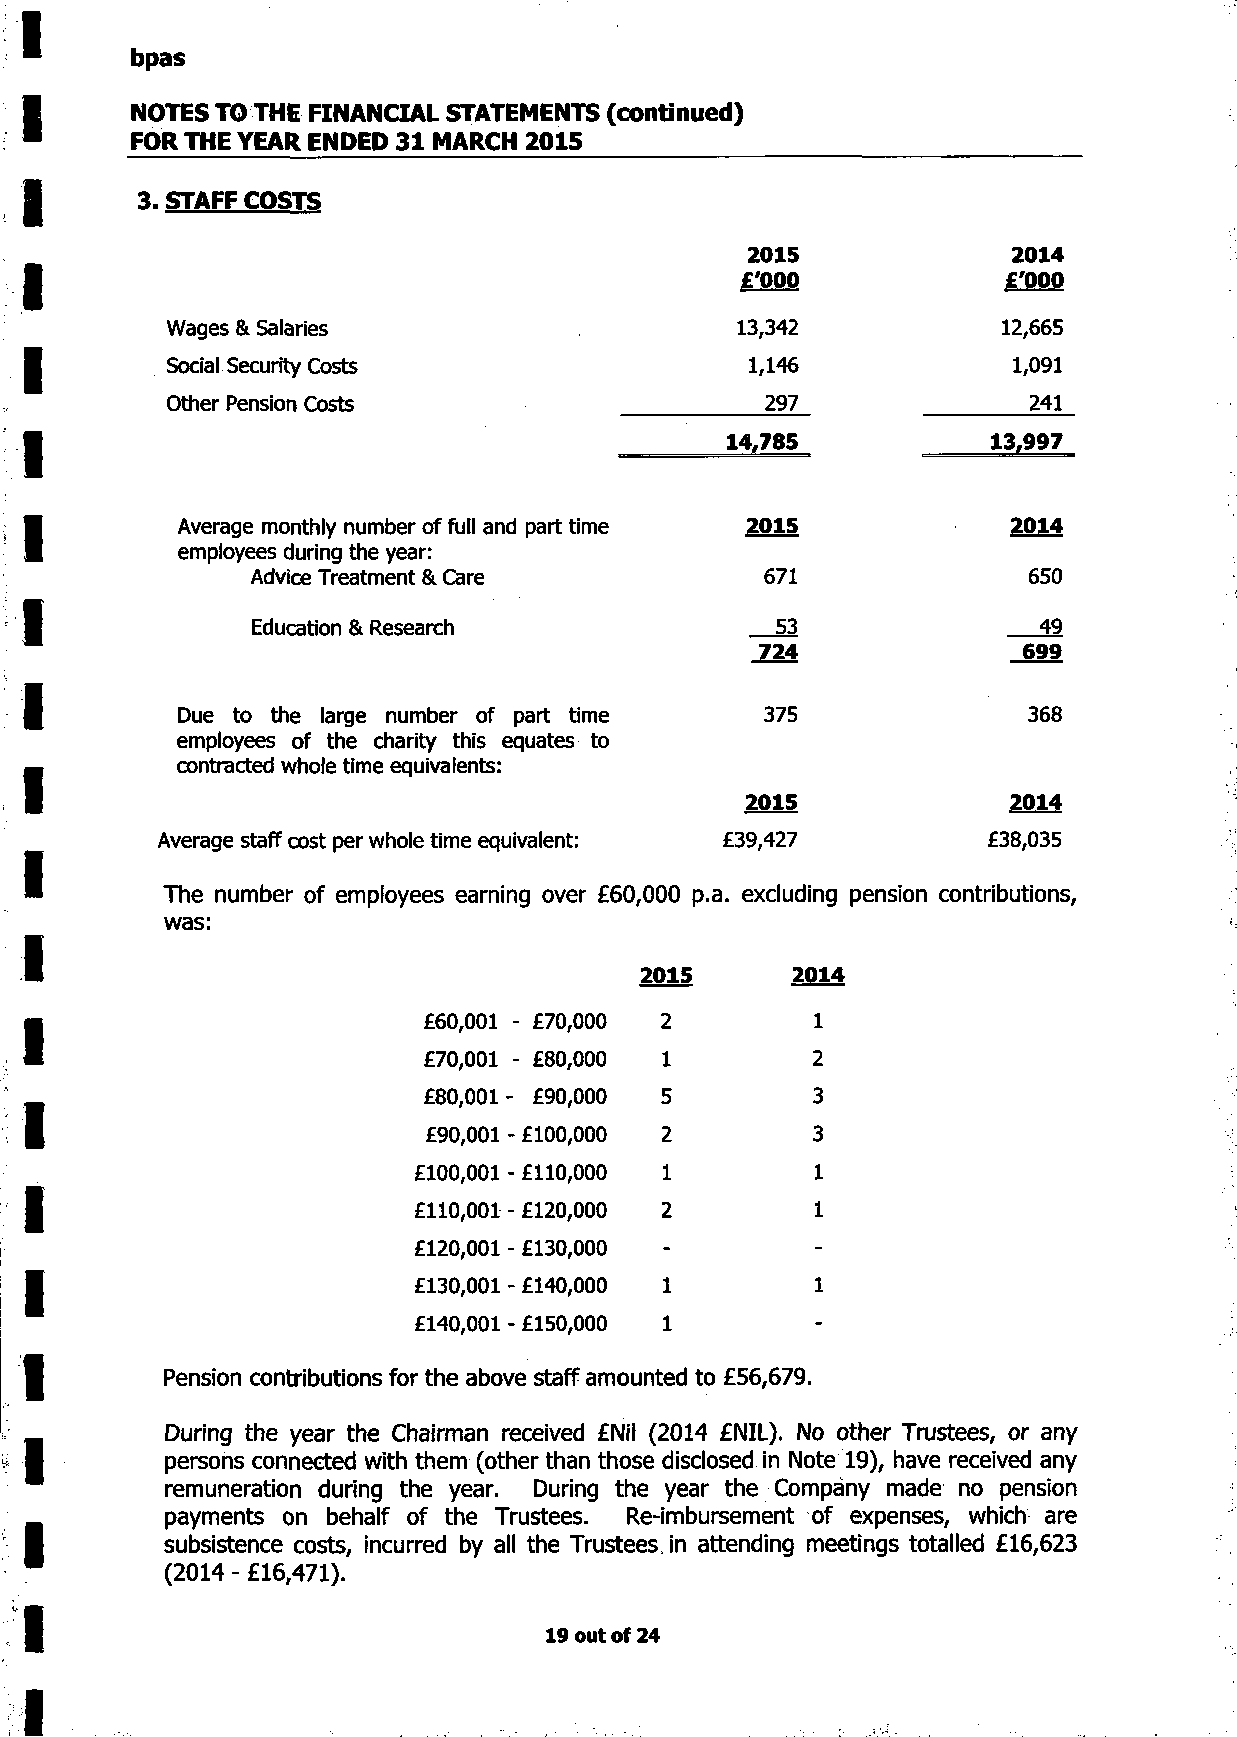
bpas
 NOTES TO THE FINANCIAL STATEMENTS (continued)
 FOR THE YEAR ENDED 31 MARCH 2015
 3. STAFF COSTS
 2015              2014
 £'000             £'000
 Wages & Salaries                      13,342            12,665
 Social Security Costs                  1,146            1,091
 Other Pension Costs                     297              241
 14,785            13,997
 Average monthly number of full and part time 2015      2014
 employees during the year:
 Advice Treatment & Care           671              650
 Education & Research               53               49
 724               699
 Due to the large number of part time   375              368
 employees of the charity this equates to
 contracted whole time equivalents:
 2015              2014
 Average staff cost per whole time equivalent: £39,427   £38,035
 The number of employees earning over £60,000 p.a. excluding pension contributions,
 was:
 2015       2014
 £60,001 - £70,000 2       1
 £70,001 - £80,000 1       2
 £80,001- £90,000 5        3
 £90,001- £100,000 2       3
 £100,001- £110,000 1       1
 £110,001- £120,000 2       1
 £120,001- £130,000 -       -
 £130,001- £140,000 1       1
 £140,001- £150,000 1       -
 Pension contributions for the above staff amounted to £56,679.
 During the year the Chairman received £Nil (2014 £NIL). No other Trustees, or any
 persons connected with them (other than those disclosed in Note 19), have received any
 remuneration during the year. During the year the Company made no pension
 payments on behalf of the Trustees. Re-imbursement of expenses, which are
 subsistence costs, incurred by all the Trustees, in attending meetings totalled £16,623
 (2014 - £16,471).
 19 out of 24